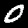
Digit: 0